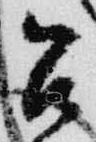
召